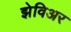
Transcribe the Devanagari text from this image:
झेविअर